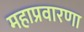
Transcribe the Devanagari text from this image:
महाप्रवारणा